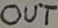
Text: OUT